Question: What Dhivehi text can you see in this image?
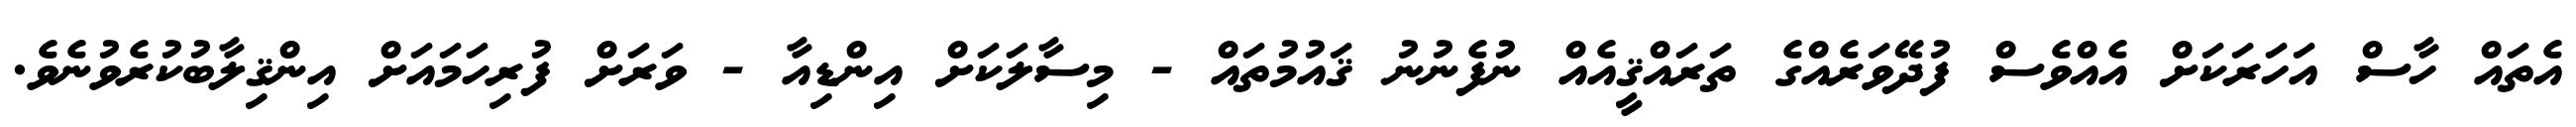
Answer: އެތައް ހާސް އަހަރަކަށް އެއްވެސް ފުދޭވަރެއްގެ ތަރައްޤީއެއް ނުފެނުނު ޤައުމުތައް - މިސާލަކަށް އިންޑިއާ - ވަރަށް ފުރިހަމައަށް އިންޤިލާބުކުރެވުނެވެ.